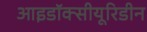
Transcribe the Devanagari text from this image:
आइडॉक्सीयूरिडीन